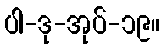
ပါ-ဒု-အုပ်-၁၉။